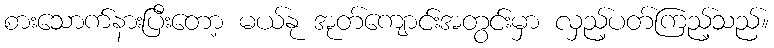
စားသောက်နားပြီးတော့ မယ်နု အုတ်ကျောင်းအတွင်းမှာ လှည့်ပတ်ကြည့်သည်။